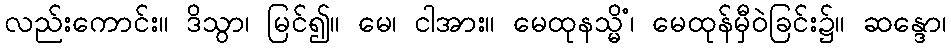
လည်းကောင်း။ ဒိသွာ၊ မြင်၍။ မေ၊ ငါအား။ မေထုနသ္မိံ၊ မေထုန်မှီဝဲခြင်း၌။ ဆန္ဒော၊